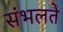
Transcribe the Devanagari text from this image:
संभलते